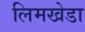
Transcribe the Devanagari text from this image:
लिमखेडा